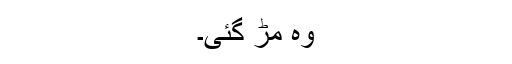
وہ مڑ گئی۔